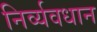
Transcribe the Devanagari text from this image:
निर्व्यवधान